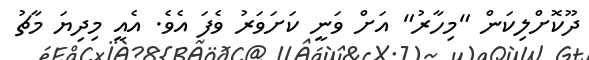
ދޫކޮށްލިކަން "މިހާރު" އަށް ވަނީ ކަށަވަރު ވެފަ އެވެ. އެއީ މިދިޔަ މާޗު